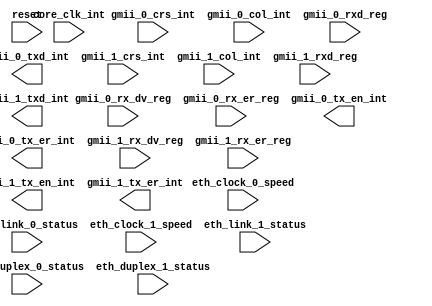
`timescale 1ns / 1ps
//////////////////////////////////////////////////////////////////////////////////
// Company: 
// Engineer: 
// 
// Design Name: 
// Module Name:    core 
// Project Name: 
// Target Devices: 
// Tool versions: 
// Description: 
//
// Dependencies: 
//
// Revision: 
// Revision 0.01 - File Created
// Additional Comments: 
//
//////////////////////////////////////////////////////////////////////////////////
module core(
	//Eth 0 MAC to RGMII interfaces
	input			eth_clock_0_speed,
	input			eth_duplex_0_status,
	input			eth_link_0_status,
	input			gmii_0_crs_int,
	input			gmii_0_col_int,
	input	[7:0]	gmii_0_rxd_reg,
	input			gmii_0_rx_dv_reg,
	input			gmii_0_rx_er_reg,
	output	[7:0]	gmii_0_txd_int,
	output			gmii_0_tx_en_int,
	output			gmii_0_tx_er_int,

	//Eth 1 MAC to RGMII interfaces
	input			eth_clock_1_speed,
	input			eth_duplex_1_status,
	input			eth_link_1_status,
	input			gmii_1_crs_int,
	input			gmii_1_col_int,
	input	[7:0]	gmii_1_rxd_reg,
	input			gmii_1_rx_dv_reg,
	input			gmii_1_rx_er_reg,
	output	[7:0]	gmii_1_txd_int,
	output			gmii_1_tx_en_int,
	output			gmii_1_tx_er_int,

	//core clock
	input			core_clk_int,

	//misc
	input			reset
    );


endmodule